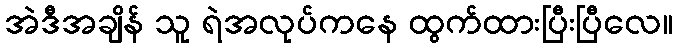
အဲဒီအချိန် သူ ရဲအလုပ်ကနေ ထွက်ထားပြီးပြီလေ။